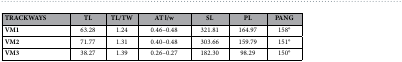
<table><thead><tr><td><b>TRACKWAYS</b></td><td><b>TL</b></td><td><b>TL/TW</b></td><td><b>AT l/w</b></td><td><b>SL</b></td><td><b>PL</b></td><td><b>PANG</b></td></tr></thead><tbody><tr><td><b>VM1</b></td><td>63.28</td><td>1.24</td><td>0.46–0.48</td><td>321.81</td><td>164.97</td><td>158°</td></tr><tr><td><b>VM2</b></td><td>71.77</td><td>1.31</td><td>0.40–0.48</td><td>303.66</td><td>159.79</td><td>151°</td></tr><tr><td><b>VM3</b></td><td>38.27</td><td>1.39</td><td>0.26–0.27</td><td>182.30</td><td>98.29</td><td>150°</td></tr></tbody></table>